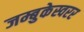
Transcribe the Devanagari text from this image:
जम्बुकेस्वरर